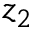
z _ { 2 }